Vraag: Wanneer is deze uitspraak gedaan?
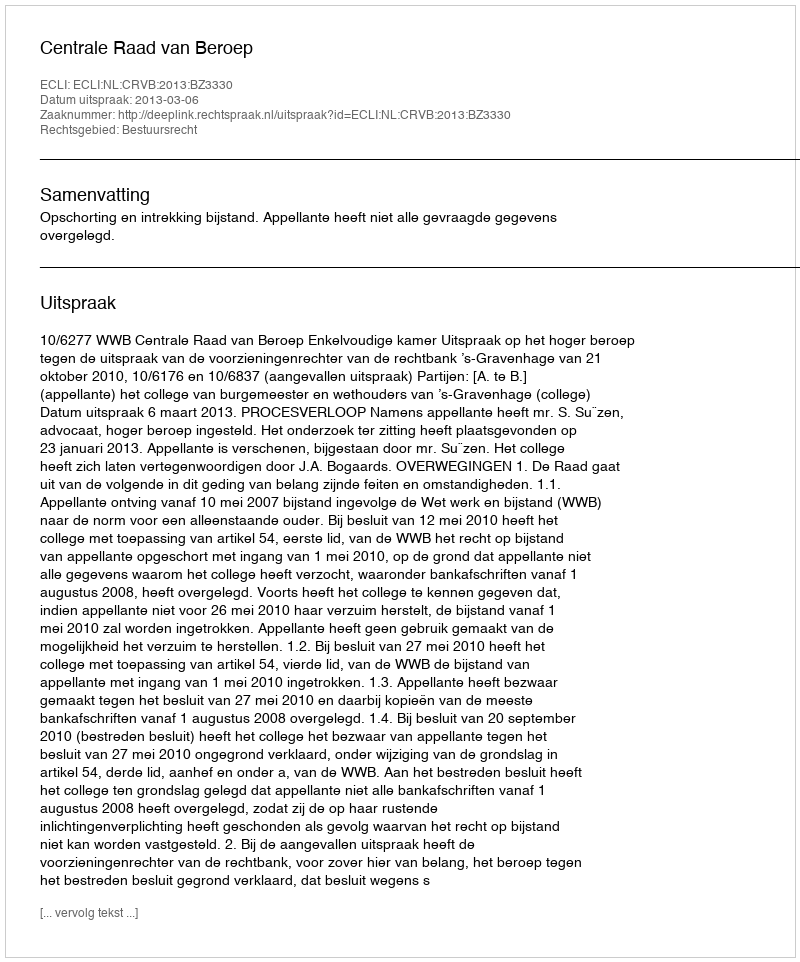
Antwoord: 2013-03-06